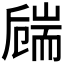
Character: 𦓚